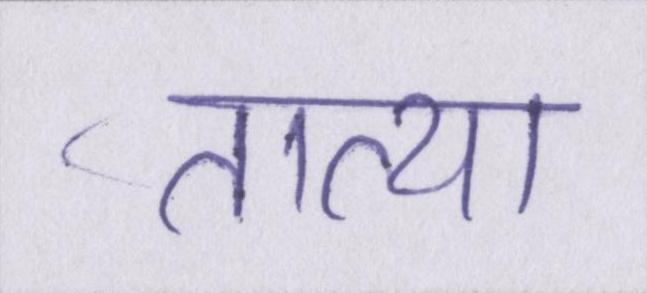
तात्या